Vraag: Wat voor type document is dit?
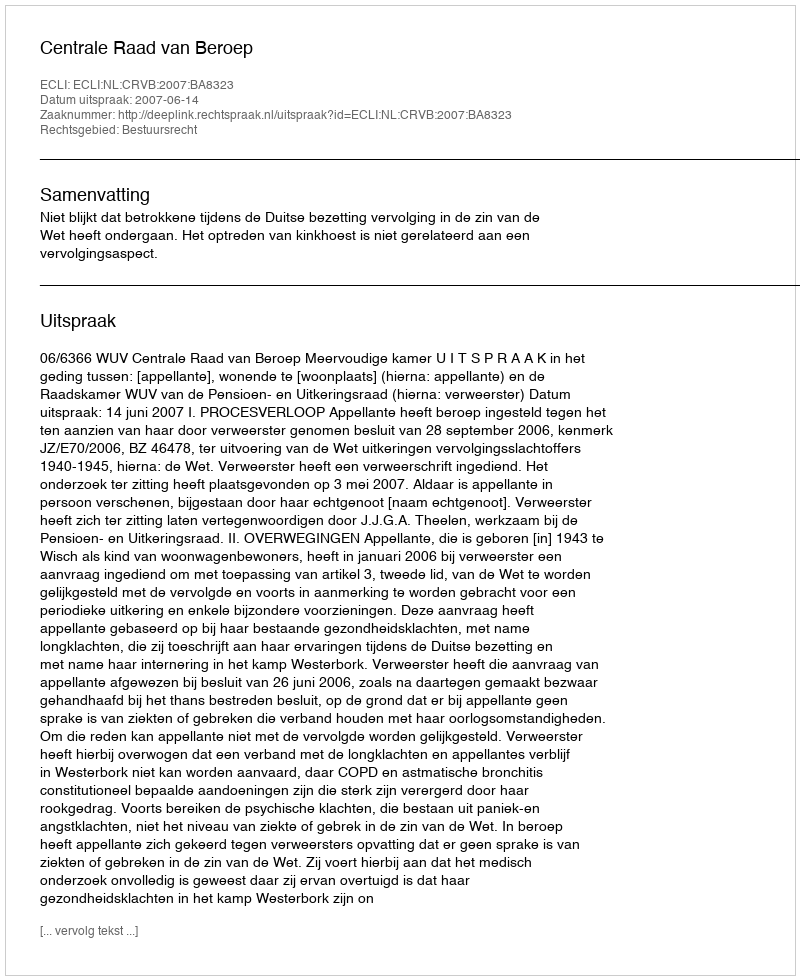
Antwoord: Uitspraak